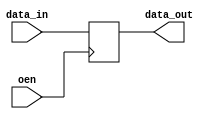
module io_blocks_low_power_buffer (
    input wire data_in,
    output reg data_out,
    input wire oen
);

// Low-power buffer design implementation
always @ (posedge oen)
begin
    if (oen == 1'b1)
        data_out <= data_in;
    else
        data_out <= 1'bz;
end

endmodule